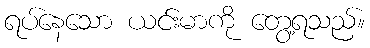
ရပ်နေသော ယင်းမာကို တွေ့ရသည်။